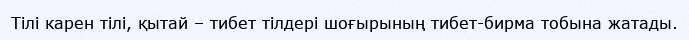
Тілі карен тілі, қытай – тибет тілдері шоғырының тибет-бирма тобына жатады.